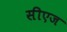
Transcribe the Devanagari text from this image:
सीएज